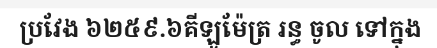
ប្រវែង ៦២៥៩.៦គីឡូម៉ែត្រ រន្ធ ចូល ទៅក្នុង